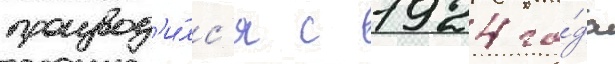
производ'и́лс'я с 1924 го́да